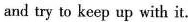
and try to keep up with it.